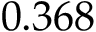
0 . 3 6 8